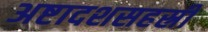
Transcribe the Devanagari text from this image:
अष्टादशसहस्री